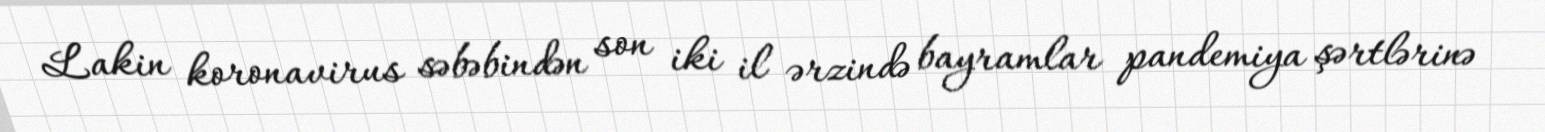
Lakin koronavirus səbəbindən son iki il ərzində bayramlar pandemiya şərtlərinə